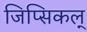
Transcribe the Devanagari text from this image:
जिप्सिकल्